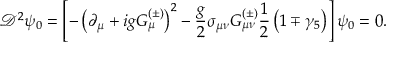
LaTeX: \mathcal { D } ^ { 2 } \psi _ { 0 } = \left[ - \left( \partial _ { \mu } + i g G _ { \mu } ^ { \left( \pm \right) } \right) ^ { 2 } - \frac { g } { 2 } \sigma _ { \mu \nu } G _ { \mu \nu } ^ { \left( \pm \right) } \frac { 1 } { 2 } \left( 1 \mp \gamma _ { 5 } \right) \right] \psi _ { 0 } = 0 .